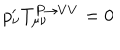
LaTeX: p _ { \nu } ^ { \prime } T _ { \mu \nu } ^ { P \rightarrow V V } = 0